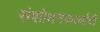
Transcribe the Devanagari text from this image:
संशोधनकर्त्यांची